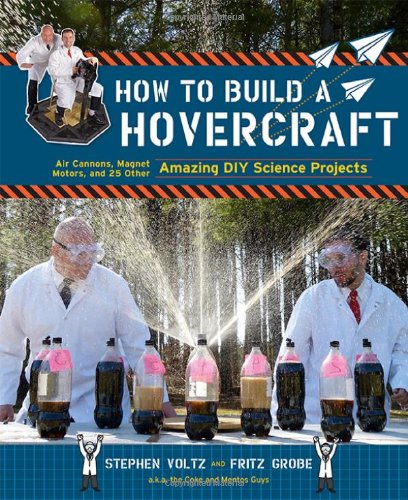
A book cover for How to Build a Hovercraft: Air Cannons, Magnetic Motors, and 25 Other Amazing DIY Science Projects; Stephen Voltz; Science & Math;